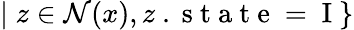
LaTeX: |\; z\in\mathcal{N}(x),z\mathrm{~.~s~t~a~t~e~=~I~}\}